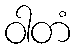
ဝါတံ